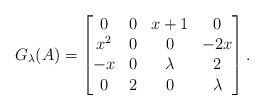
\begin{align*} G_{\lambda}(A)= \begin{bmatrix} 0 & 0 & x+1 & 0 \\ x^2 & 0 & 0 & -2 x\\ -x & 0 & \lambda & 2 \\ 0 & 2 & 0 & \lambda \end{bmatrix} .\end{align*}